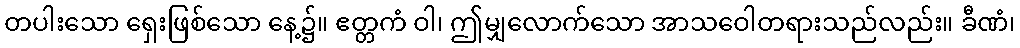
တပါးသော ရှေးဖြစ်သော နေ့၌။ ဧတ္တကံ ဝါ၊ ဤမျှလောက်သော အာသဝေါတရားသည်လည်း။ ခီဏံ၊